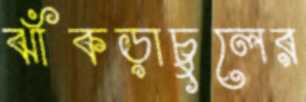
ঝাঁকড়াচুলের